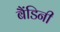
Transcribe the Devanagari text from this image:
बैंडिनी